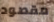
مقصود